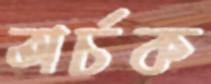
অর্চক